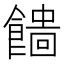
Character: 𩞒